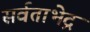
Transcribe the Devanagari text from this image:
सर्वताभेद्र